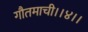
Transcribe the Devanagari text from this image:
गौतमाची।।४।।